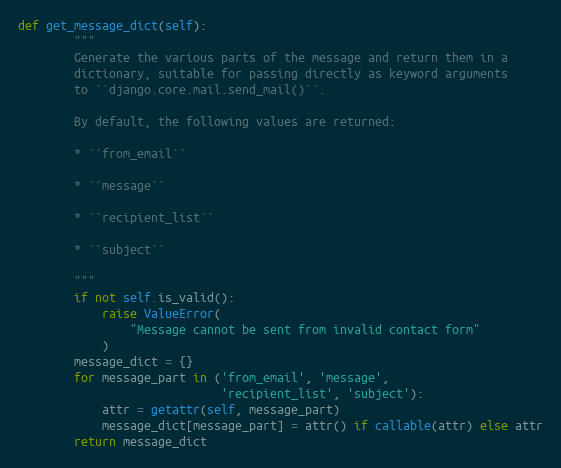
Language: Python
def get_message_dict(self):
        """
        Generate the various parts of the message and return them in a
        dictionary, suitable for passing directly as keyword arguments
        to ``django.core.mail.send_mail()``.

        By default, the following values are returned:

        * ``from_email``

        * ``message``

        * ``recipient_list``

        * ``subject``

        """
        if not self.is_valid():
            raise ValueError(
                "Message cannot be sent from invalid contact form"
            )
        message_dict = {}
        for message_part in ('from_email', 'message',
                             'recipient_list', 'subject'):
            attr = getattr(self, message_part)
            message_dict[message_part] = attr() if callable(attr) else attr
        return message_dict